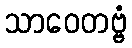
သာဝေတဗ္ဗံ